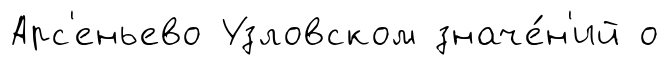
Арс'еньево Узловском значе́н'ий о